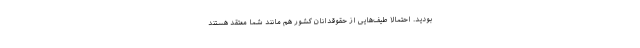
بودید. احتمالاً طیف‌هایی از حقوقدانان کشور هم مانند شما معتقد هستند